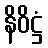
နိဝိဋ္ဌံ